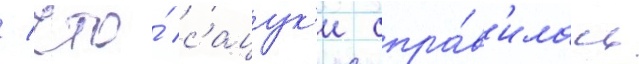
/ что́ сацук'и спра́в'илась